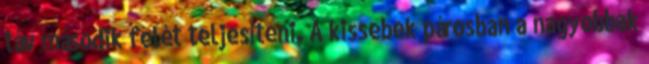
táv második felét teljesíteni. A kissebek párosban a nagyobbak